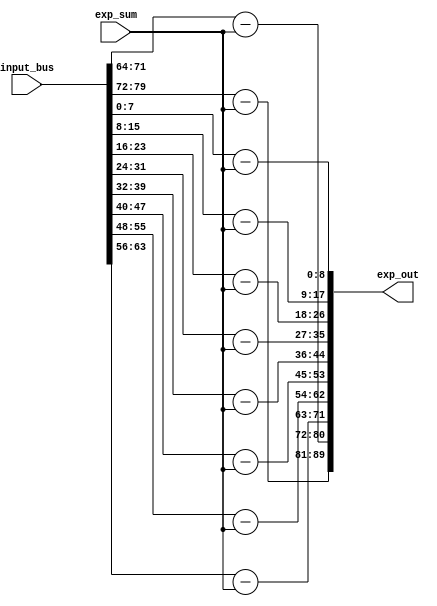
`timescale 1ns / 1ps
//////////////////////////////////////////////////////////////////////////////////
// Company: 
// Engineer: 
// 
// Design Name: 
// Module Name: subtractors_array
// Project Name: 
// Target Devices: 
// Tool Versions: 
// Description: 
// 
// Dependencies: 
// 
// Revision:
// Revision 0.01 - File Created
// Additional Comments:
// 
//////////////////////////////////////////////////////////////////////////////////


module subtractors_array #(
  parameter NUM_INPUTS = 10,
  parameter EXP_WIDTH = 9,
  parameter MANT_WIDTH = 8
)(
  input [EXP_WIDTH-1:0] exp_sum,
  input [NUM_INPUTS*MANT_WIDTH-1:0] input_bus,
  output [NUM_INPUTS*EXP_WIDTH-1:0] exp_out

);

  wire [EXP_WIDTH-1:0] x[NUM_INPUTS-1:0];
  wire [EXP_WIDTH-1:0] exp_sust[NUM_INPUTS-1:0];

  genvar i;
  generate
    for (i = 0; i < NUM_INPUTS; i = i + 1) begin
      assign x[i] = input_bus[i*MANT_WIDTH +: MANT_WIDTH];
      assign exp_sust[i] = x[i] - exp_sum;
      assign exp_out[i*EXP_WIDTH +: EXP_WIDTH] = exp_sust[i];
    end
  endgenerate

endmodule